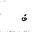
Letter: _qaf